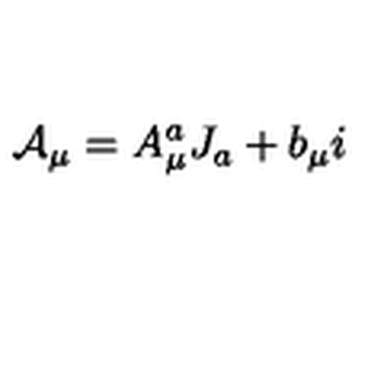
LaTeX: { \cal A } _ { \mu } = A _ { \mu } ^ { a } J _ { a } + b _ { \mu } i